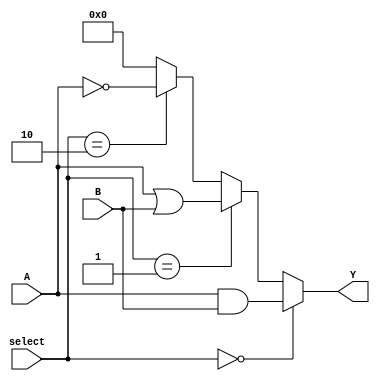
module combinational_logic_block (
    input wire [3:0] A,      // 4-bit input
    input wire [3:0] B,      // 4-bit input
    input wire [1:0] select,  // Select lines for different logic functions
    output wire [3:0] Y       // 4-bit output
);

// Internal wires for intermediate logic
wire [3:0] and_out;
wire [3:0] or_out;
wire [3:0] not_out;

// AND logic implementation
assign and_out = A & B;

// OR logic implementation
assign or_out = A | B;

// NOT logic implementation
assign not_out = ~A;

// Output logic based on select line
assign Y = (select == 2'b00) ? and_out :  // AND function
           (select == 2'b01) ? or_out :   // OR function
           (select == 2'b10) ? not_out :   // NOT function
           4'b0000;                       // Default output (can be configured)

// Optional: Tri-state output drivers (if needed)
// assign Y_tri = (enable) ? Y : 4'bz; // Uncomment for tri-state output

endmodule